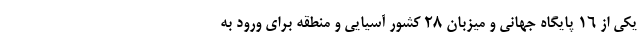
یکی از ۱۶ پایگاه جهانی و میزبان ۲۸ کشور آسیایی و منطقه برای ورود به